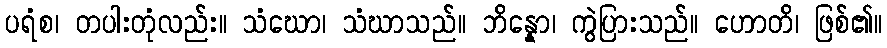
ပရံစ၊ တပါးတုံလည်း။ သံဃော၊ သံဃာသည်။ ဘိန္နော၊ ကွဲပြားသည်။ ဟောတိ၊ ဖြစ်၏။